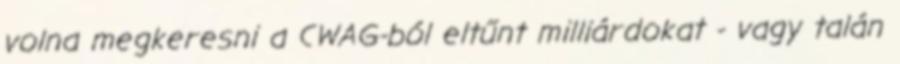
volna megkeresni a CWAG-ból eltűnt milliárdokat - vagy talán